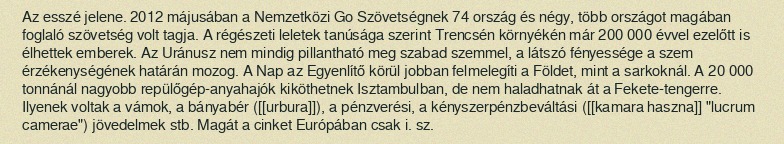
Az esszé jelene. 2012 májusában a Nemzetközi Go Szövetségnek 74 ország és négy, több országot magában foglaló szövetség volt tagja. A régészeti leletek tanúsága szerint Trencsén környékén már 200 000 évvel ezelőtt is élhettek emberek. Az Uránusz nem mindig pillantható meg szabad szemmel, a látszó fényessége a szem érzékenységének határán mozog. A Nap az Egyenlítő körül jobban felmelegíti a Földet, mint a sarkoknál. A 20 000 tonnánál nagyobb repülőgép-anyahajók kiköthetnek Isztambulban, de nem haladhatnak át a Fekete-tengerre. Ilyenek voltak a vámok, a bányabér ([[urbura]]), a pénzverési, a kényszerpénzbeváltási ([[kamara haszna]] "lucrum camerae") jövedelmek stb. Magát a cinket Európában csak i. sz.